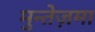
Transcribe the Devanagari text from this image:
मुन्तेज़मा